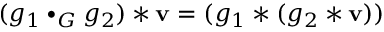
( g _ { 1 } \bullet _ { G } g _ { 2 } ) * \mathbf { v } = ( g _ { 1 } * ( g _ { 2 } * \mathbf { v } ) )